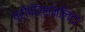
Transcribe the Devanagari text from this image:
प्रोपोर्शनलिटा